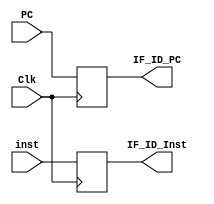
`timescale 1ns / 1ps
//////////////////////////////////////////////////////////////////////////////////
// Company: 
// Engineer: 
// 
// Design Name: 
// Module Name: IF_ID_Buffer
// Project Name: 
// Target Devices: 
// Tool Versions: 
// Description: 
// 
// Dependencies: 
// 
// Revision:
// Revision 0.01 - File Created
// Additional Comments:
// 
//////////////////////////////////////////////////////////////////////////////////


module IF_ID_Buffer(
        input Clk,
        input [31:0] PC,
        input [31:0] inst,
        output reg [31:0] IF_ID_PC,
        output reg [31:0] IF_ID_Inst
    );
    always @ (negedge Clk)
    begin
        IF_ID_PC = PC;
        IF_ID_Inst = inst;
    end
    
endmodule